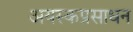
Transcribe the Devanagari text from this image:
अयस्कप्रसाधन